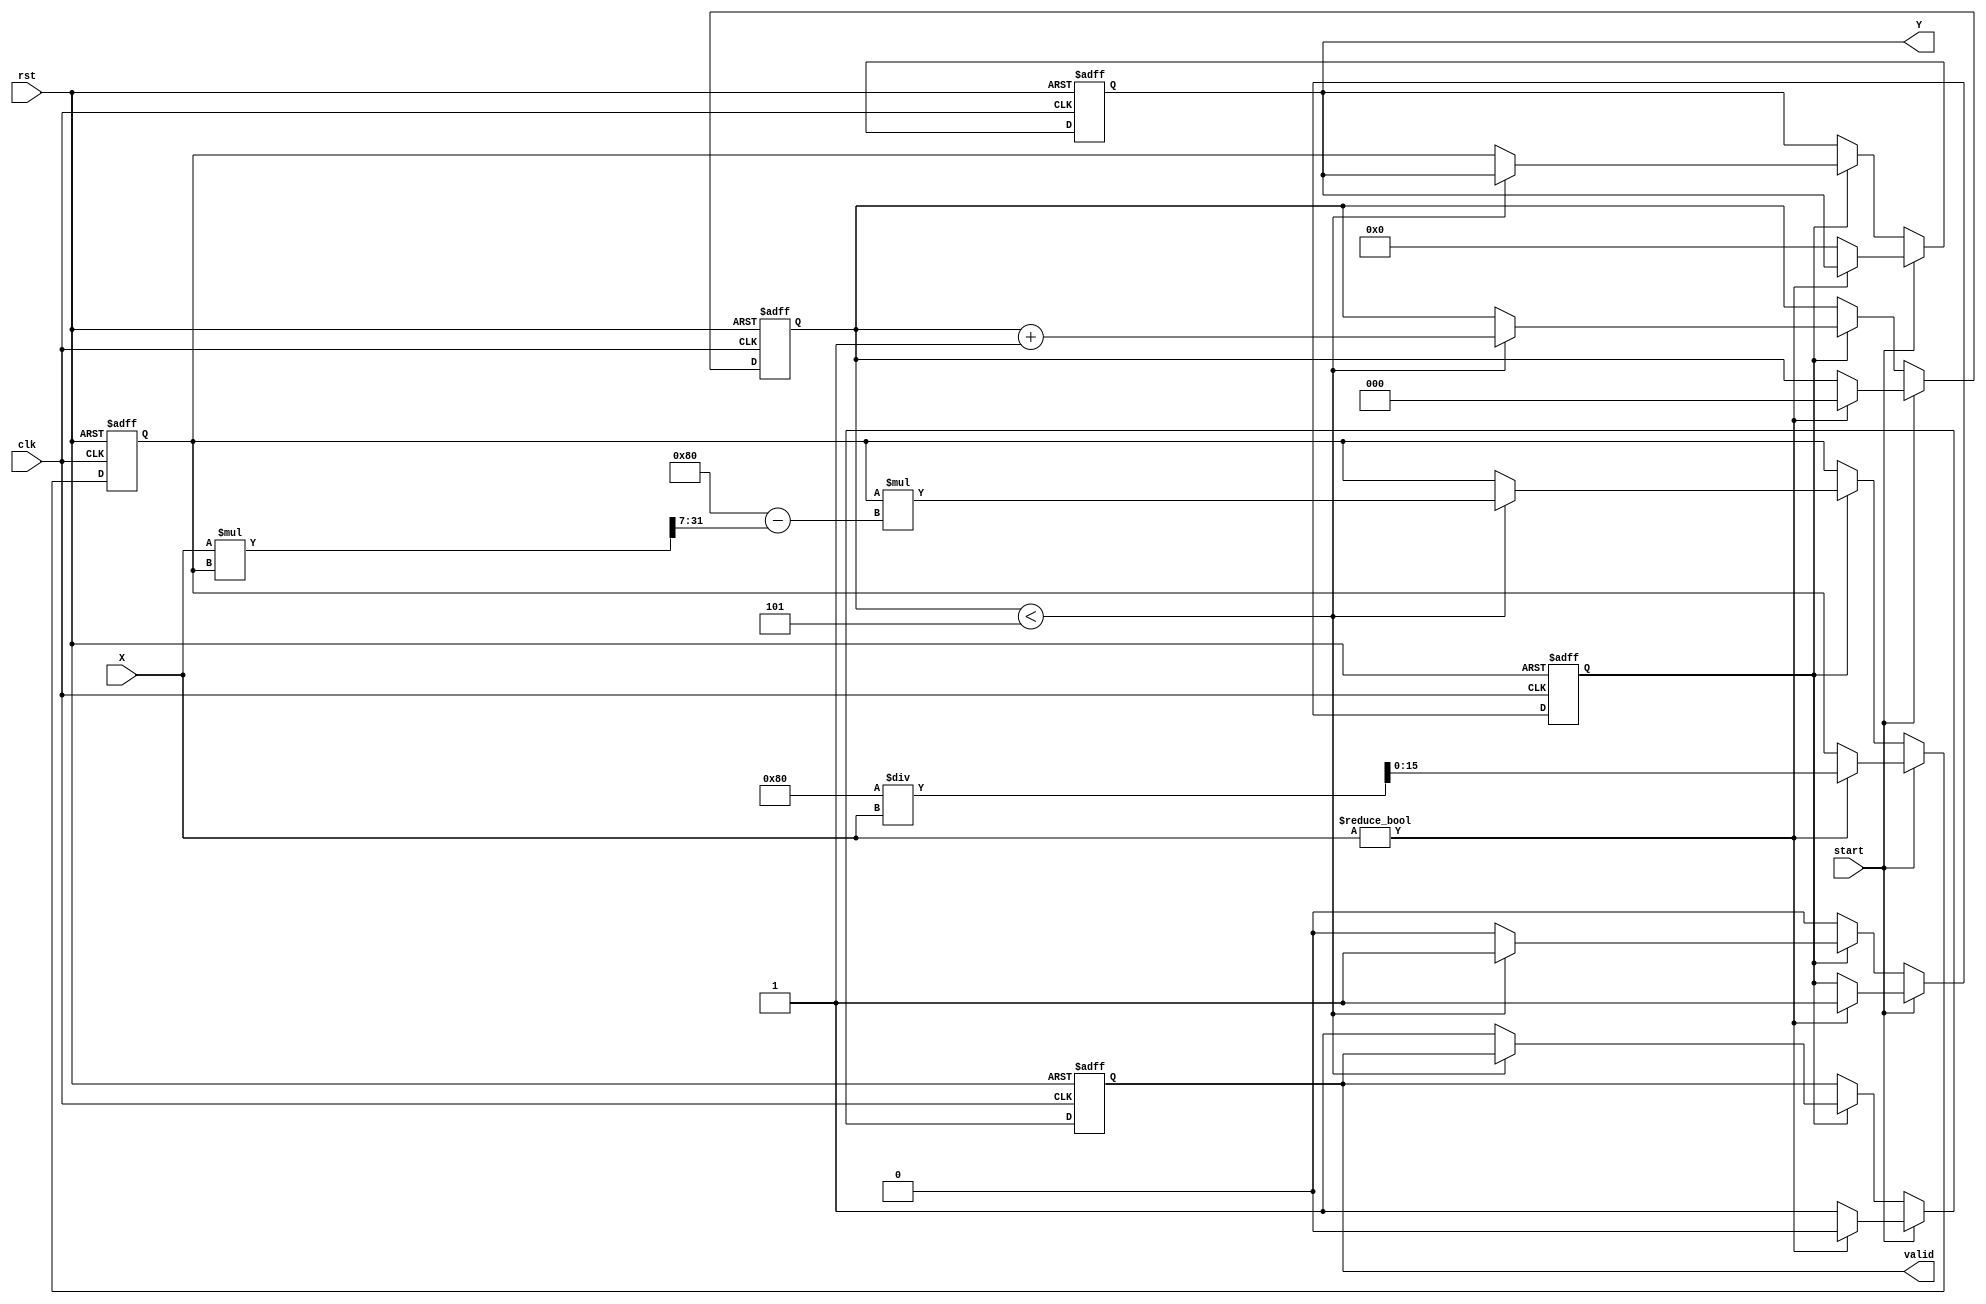
module FixedPointReciprocal #(
    parameter N = 16, // Total bits
    parameter M = 8   // Integer bits
)(
    input wire clk,
    input wire rst,
    input wire start,
    input wire signed [N-1:0] X, // Input fixed-point number
    output reg signed [N-1:0] Y,  // Output fixed-point reciprocal
    output reg valid               // Output valid signal
);

    // Internal parameters
    localparam FRACTIONAL_BITS = N - M - 1; // Number of fractional bits
    localparam MAX_ITERATIONS = 5;           // Maximum iterations for Newton-Raphson

    // Internal signals
    reg signed [N-1:0] guess;                // Current guess for reciprocal
    reg [2:0] iteration_count;                // Iteration counter
    reg computing;                            // Flag to indicate computation in progress

    // Initial guess for reciprocal (1/X) is set to a fixed value
    always @(posedge clk or posedge rst) begin
        if (rst) begin
            Y <= 0;
            valid <= 0;
            guess <= 0;
            iteration_count <= 0;
            computing <= 0;
        end else if (start) begin
            if (X != 0) begin
                // Initialize guess (1/X) = 1 << (FRACTIONAL_BITS) / X
                guess <= (1 << FRACTIONAL_BITS) / X; // Initial guess
                iteration_count <= 0;
                computing <= 1;
                valid <= 0;
            end else begin
                // Handle zero input case
                Y <= 0; // Define output for zero input
                valid <= 1;
            end
        end else if (computing) begin
            if (iteration_count < MAX_ITERATIONS) begin
                // Newton-Raphson iteration: guess = guess * (2 - X * guess)
                guess <= guess * ((1 << FRACTIONAL_BITS) - (X * guess >> FRACTIONAL_BITS));
                iteration_count <= iteration_count + 1;
            end else begin
                // Finished computing
                Y <= guess;
                valid <= 1;
                computing <= 0;
            end
        end
    end

endmodule